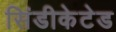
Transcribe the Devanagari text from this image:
सिंडीकेटेड